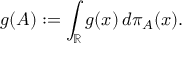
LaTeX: g ( A ) : = \int _ { \mathbb { R } } g ( x ) \, d \pi _ { A } ( x ) .